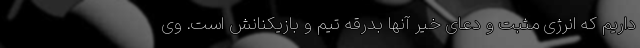
داریم که انرژی مثبت و دعای خیر آنها بدرقه تیم و بازیکنانش است. وی